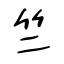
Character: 竺